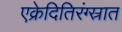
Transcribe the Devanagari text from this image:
एक्रेदितिरंग्स्रात